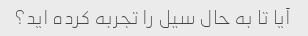
آیا تا به حال سیل را تجربه کرده اید؟